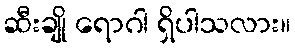
ဆီးချို ရောဂါ ရှိပါသလား။